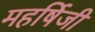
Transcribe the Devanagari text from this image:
महर्षिजी